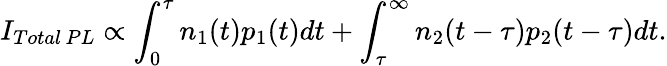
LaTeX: I_{Total\, PL}\propto\int_{0}^{\tau}n_{1}(t)p_{1}(t)dt+\int_{\tau}^{\infty}n_{2}(t-\tau)p_{2}(t-\tau)dt.